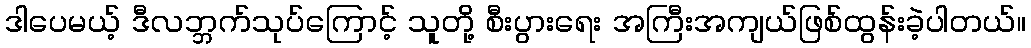
ဒါပေမယ့် ဒီလဘ္ဘက်သုပ်ကြောင့် သူတို့ စီးပွားရေး အကြီးအကျယ်ဖြစ်ထွန်းခဲ့ပါတယ်။